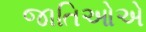
જાતિઓએ